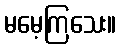
မမေ့ကြသေး။